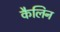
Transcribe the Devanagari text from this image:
कैलिन